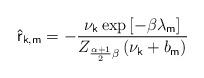
LaTeX: \begin{align*}\mathsf{\hat{r}}_{\mathsf{k,m}}=-\frac{\nu _{\mathsf{k}}\exp \left[ -\beta\lambda _{\mathsf{m}}\right] }{Z_{\frac{\alpha +1}{2}\beta }\left( \nu _{\mathsf{k}}+b_{\mathsf{m}}\right) } \end{align*}